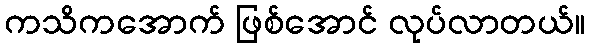
ကသိကအောက် ဖြစ်အောင် လုပ်လာတယ်။